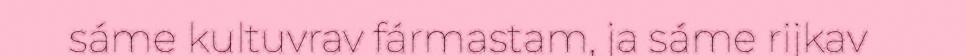
sáme kultuvrav fármastam, ja sáme rijkav